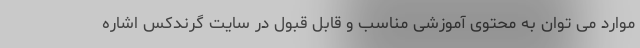
موارد می توان به محتوی آموزشی مناسب و قابل قبول در سایت گرندکس اشاره